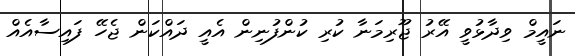
ނައީމް ވިދާޅުވީ އޭރު ޖޫރިމަނާ ކުރި ކުންފުނިން އެއީ ދައްކަން ޖެހޭ ފައިސާއެއް